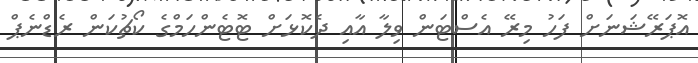
އޮޕަރޭޝަނަށް ފަހު މިރޭ އެސްޓަން ވިލާ އާއި ދެކޮޅަށް ޓޮޓެންހަމްގެ ކޯޗުކަން ރެޑްނެޕް